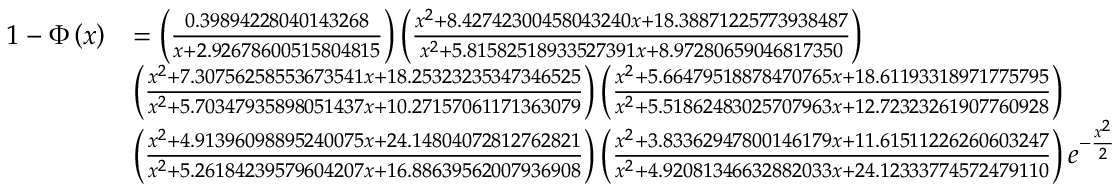
{ \begin{array} { r l } { 1 - \Phi \left( x \right) } & { = \left( { \frac { 0 . 3 9 8 9 4 2 2 8 0 4 0 1 4 3 2 6 8 } { x + 2 . 9 2 6 7 8 6 0 0 5 1 5 8 0 4 8 1 5 } } \right) \left( { \frac { x ^ { 2 } + 8 . 4 2 7 4 2 3 0 0 4 5 8 0 4 3 2 4 0 x + 1 8 . 3 8 8 7 1 2 2 5 7 7 3 9 3 8 4 8 7 } { x ^ { 2 } + 5 . 8 1 5 8 2 5 1 8 9 3 3 5 2 7 3 9 1 x + 8 . 9 7 2 8 0 6 5 9 0 4 6 8 1 7 3 5 0 } } \right) } \\ & { \left( { \frac { x ^ { 2 } + 7 . 3 0 7 5 6 2 5 8 5 5 3 6 7 3 5 4 1 x + 1 8 . 2 5 3 2 3 2 3 5 3 4 7 3 4 6 5 2 5 } { x ^ { 2 } + 5 . 7 0 3 4 7 9 3 5 8 9 8 0 5 1 4 3 7 x + 1 0 . 2 7 1 5 7 0 6 1 1 7 1 3 6 3 0 7 9 } } \right) \left( { \frac { x ^ { 2 } + 5 . 6 6 4 7 9 5 1 8 8 7 8 4 7 0 7 6 5 x + 1 8 . 6 1 1 9 3 3 1 8 9 7 1 7 7 5 7 9 5 } { x ^ { 2 } + 5 . 5 1 8 6 2 4 8 3 0 2 5 7 0 7 9 6 3 x + 1 2 . 7 2 3 2 3 2 6 1 9 0 7 7 6 0 9 2 8 } } \right) } \\ & { \left( { \frac { x ^ { 2 } + 4 . 9 1 3 9 6 0 9 8 8 9 5 2 4 0 0 7 5 x + 2 4 . 1 4 8 0 4 0 7 2 8 1 2 7 6 2 8 2 1 } { x ^ { 2 } + 5 . 2 6 1 8 4 2 3 9 5 7 9 6 0 4 2 0 7 x + 1 6 . 8 8 6 3 9 5 6 2 0 0 7 9 3 6 9 0 8 } } \right) \left( { \frac { x ^ { 2 } + 3 . 8 3 3 6 2 9 4 7 8 0 0 1 4 6 1 7 9 x + 1 1 . 6 1 5 1 1 2 2 6 2 6 0 6 0 3 2 4 7 } { x ^ { 2 } + 4 . 9 2 0 8 1 3 4 6 6 3 2 8 8 2 0 3 3 x + 2 4 . 1 2 3 3 3 7 7 4 5 7 2 4 7 9 1 1 0 } } \right) e ^ { - { \frac { x ^ { 2 } } { 2 } } } } \end{array} }